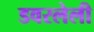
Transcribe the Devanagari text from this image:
डवरलेली